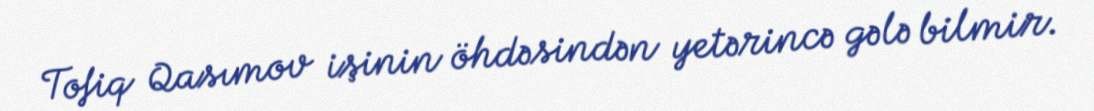
Tofiq Qasımov işinin öhdəsindən yetərincə gələ bilmir.